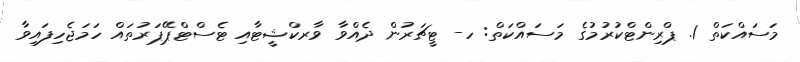
މަސައްކަތް 1. ޕްރިންޓްކުރުމުގެ މަސައްކަތް: ހ- ޓީޗަރުން ދެއްވާ ވާރކްޝީޓާއި ޓެސްޓްޕޭޕަރުތައް ހަމަޖެހިފައިވާ